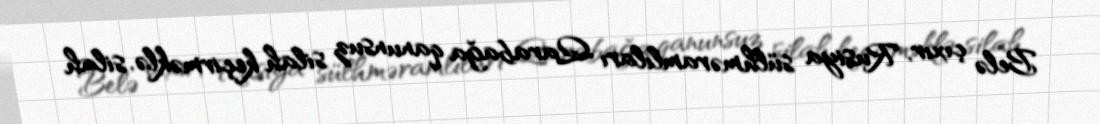
Belə çıxır, Rusiya sülhməramlıları Qarabağa qanunsuz silah keçirməklə, silah